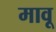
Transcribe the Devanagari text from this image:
मावू